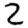
Digit: 2